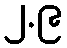
၂.၉